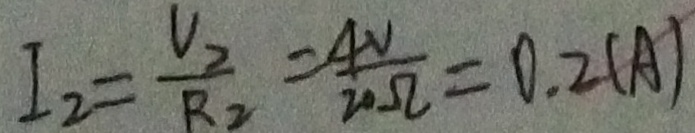
I _ { 2 } = \frac { V _ { 2 } } { R _ { 2 } } = \frac { 4 V } { 2 0 \Omega } = 0 . 2 ( A )